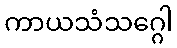
ကာယသံသဂ္ဂေါ